Lunatic asylums Madras 1892-1911 - 1892-1911
Year: 1892
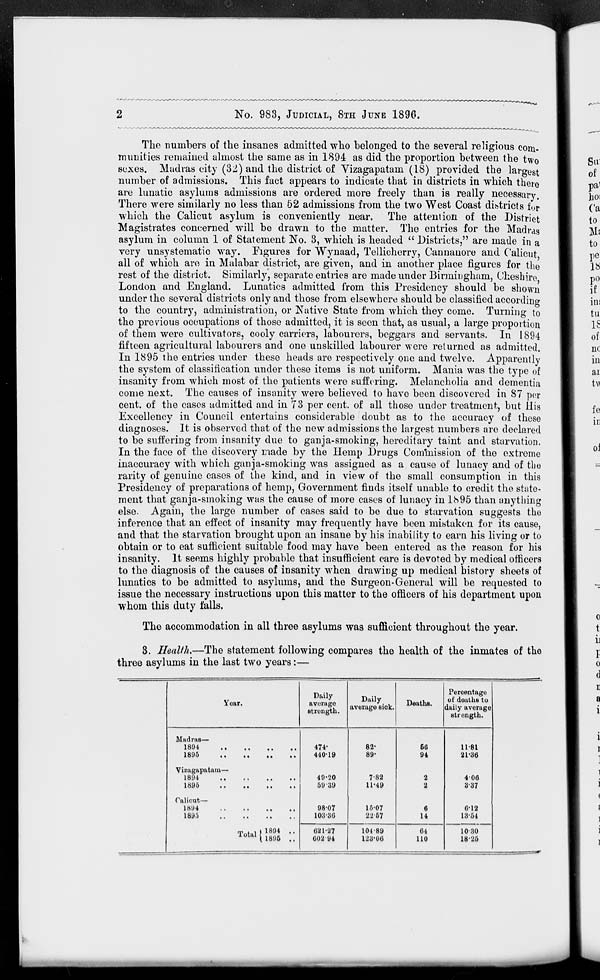
No. 983, JUDICIAL, 8TH JUNE 1896.
The numbers of the insanes admitted who belonged to the several religious com-
munities remained almost the same as in 1894 as did the proportion between the two
sexes. Madras city (32) and the district of Yizagapatam (18) provided the largest
number of admissions. This fact appears to indicate that in districts in which there
are lunatic asylums admissions are ordered more freely than is really necessary.
There were similarly no less than 52 admissions from the two West Coast districts for
which the Calicut asylum is conveniently near. The attention of the District
Magistrates concerned will be drawn to the matter. The entries for the Madras
asylum in column 1 of Statement No. 3, which is headed " Districts," are made in a
very unsystematic way. Figures for Wynaad, Tellicherry, Cannauore and Calicut
all of which are in Malabar district, are given, and in another place figures for the
rest of the district. Similarly, separate entries are made under Birmingham, Cheshire
London and England. Lunatics admitted from this Presidency should be shown
under the several districts only and those from elsewhere should be classified according
to the country, administration, or Native State from which they come. Turning to
the previous occupations of those admitted, it is seen that, as usual, a large proportion
of them were cultivators, cooly carriers, labourers, beggars and servants. In 1894
fifteen agricultural labourers and one unskilled labourer were returned as admitted.
In 1895 the entries under these heads are respectively one and twelve. Apparently
the system of classification under these items is not uniform. Mania was the type of
insanity from which most of the patients were suffering. Melancholia and dementia
come next. The causes of insanity were believed to have been discovered in 87 per
cent, of the cases admitted and in 73 per cent, of all those under treatment, but His
Excellency in Council entertains considerable doubt as to the accuracy of these
diagnoses. It is observed that of the new admissions the largest numbers are declared
to be suffering from insanity due to ganja-smoking, hereditary taint and starvation.
In the face of the discovery made by the Hemp Drugs Conmiission of the extreme
inaccuracy with which ganja-smoking was assigned as a cause of lunacy and of the
rarity of genuine cases of the kind, and in view of the small consumption in this
Presidency of preparations of hemp, Government finds itself unable to credit the state-
ment that ganja-smoking was the cause of more cases of lunacy in 1895 than anything
else. Again, the large number of cases said to be due to starvation suggests the
inference that an effect of insanity may frequently have been mistaken for its cause,
and that the starvation brought upon an insane by his inability to earn his living or to
obtain or to eat sufficient suitable food may have been entered as the reason for his
insanity. It seems highly probable that insufficient care is devoted by medical officers
to the diagnosis of the causes of insanity when drawing up medical history sheets of
lunatics to be admitted to asylums, and the Surgeon-General will be requested to
issue the necessary instructions upon this matter to the officers of his department upon
whom this duty falls.
The accommodation in all three asylums was sufficient throughout the year.
3. Health.—The statement following compares the health of the inmates of the
three asylums in the last two years:—
Year.
Daily
average
strength.
Daily
average sick,
Deaths.
Madras—
1894
1895
Vizagapatam—
1894
1895
Caliout—
1894
1895
rp . , I 1894
lotal | lg!)6
474'
410-19
49-20
60-39
98-07
103-36
621-27
602 94
82-
89-
7-82
11-49
15-07
2267
104-89
123-06
Percentage
of deaths to
daily average
strength.
66
94
2
a
6
14
64
110
11-81
21-36
406
3-37
6-12
13-64
1030
18-25